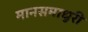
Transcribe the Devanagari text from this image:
मानसमाधुरी